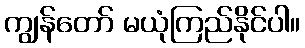
ကျွန်တော် မယုံကြည်နိုင်ပါ။